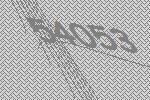
54053